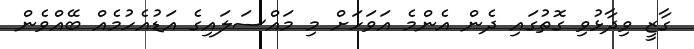
ގާޒީ ވިދާޅުވި ގޮތުގައި ދެން އެންމެ އަވަހަށް މި މައްސަލައިގެ އަޑުއެހުމެއް ބޭއްވެން